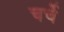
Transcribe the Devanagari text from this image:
चर्चें